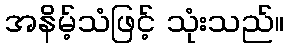
အနိမ့်သံဖြင့် သုံးသည်။